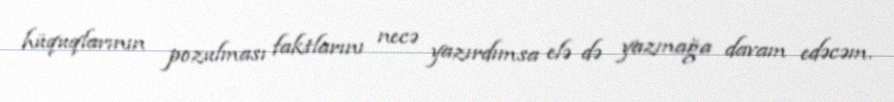
hüquqlarının pozulması faktlarını necə yazırdımsa elə də yazmağa davam edəcəm.